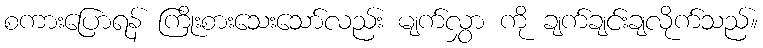
စကားပြောရန် ကြိုးစားသေးသော်လည်း မျက်လွှာ ကို ချက်ချင်းချလိုက်သည်။